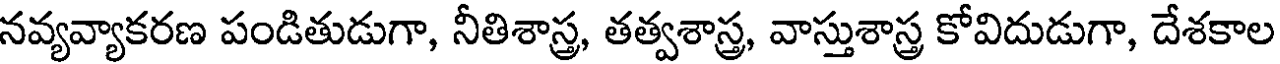
నవ్యవ్యాకరణ పండితుడుగా, నీతిశాస్త్ర, తత్వశాస్త్ర, వాస్తుశాస్త్ర కోవిదుడుగా, దేశకాల